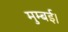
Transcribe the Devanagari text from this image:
मुम्बई।